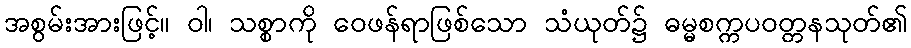
အစွမ်းအားဖြင့်။ ဝါ၊ သစ္စာကို ဝေဖန်ရာဖြစ်သော သံယုတ်၌ ဓမ္မစက္ကပဝတ္တနသုတ်၏